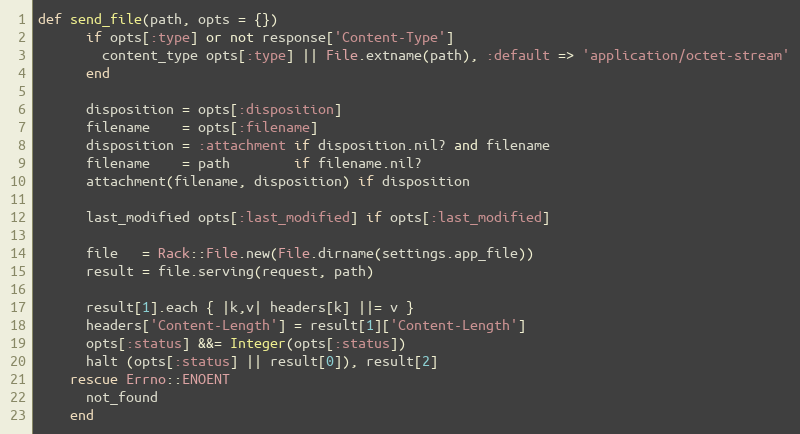
Language: Ruby
def send_file(path, opts = {})
      if opts[:type] or not response['Content-Type']
        content_type opts[:type] || File.extname(path), :default => 'application/octet-stream'
      end

      disposition = opts[:disposition]
      filename    = opts[:filename]
      disposition = :attachment if disposition.nil? and filename
      filename    = path        if filename.nil?
      attachment(filename, disposition) if disposition

      last_modified opts[:last_modified] if opts[:last_modified]

      file   = Rack::File.new(File.dirname(settings.app_file))
      result = file.serving(request, path)

      result[1].each { |k,v| headers[k] ||= v }
      headers['Content-Length'] = result[1]['Content-Length']
      opts[:status] &&= Integer(opts[:status])
      halt (opts[:status] || result[0]), result[2]
    rescue Errno::ENOENT
      not_found
    end